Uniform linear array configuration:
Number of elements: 24
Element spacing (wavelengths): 0.75
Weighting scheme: hann
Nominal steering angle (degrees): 30
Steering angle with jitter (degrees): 28.125
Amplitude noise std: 0.05
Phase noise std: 0.05

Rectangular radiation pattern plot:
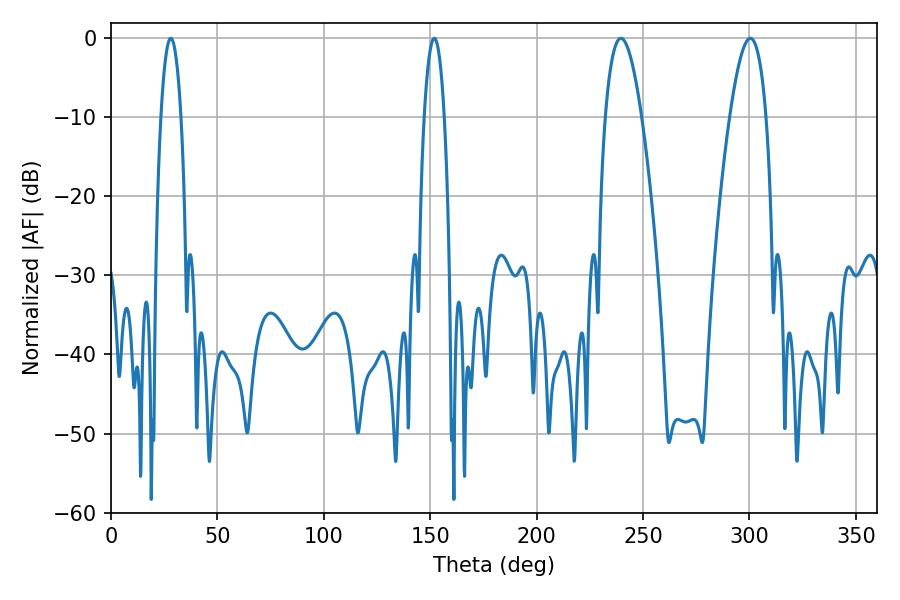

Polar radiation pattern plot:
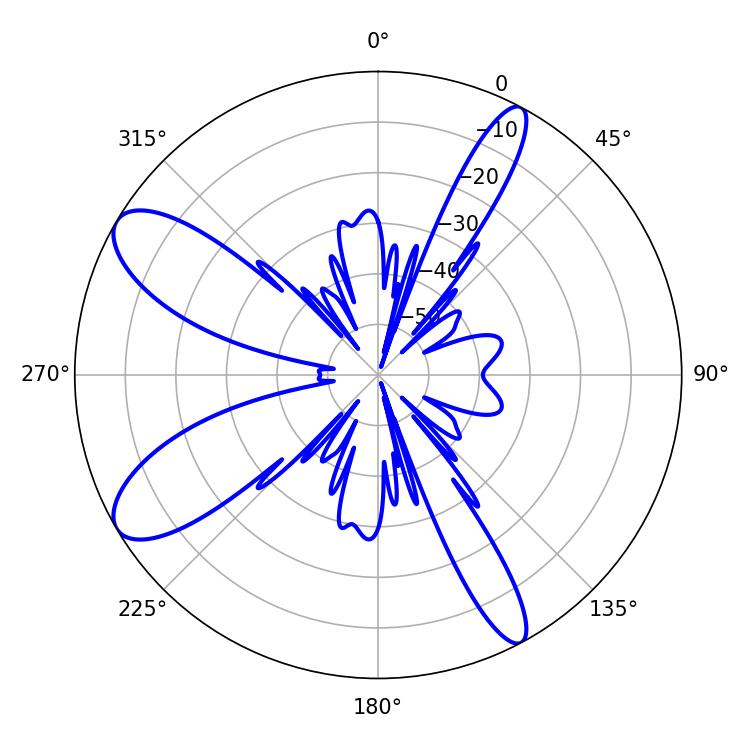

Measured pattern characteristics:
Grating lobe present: TRUE
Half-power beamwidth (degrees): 9.36
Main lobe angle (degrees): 239.58